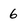
Character: 6